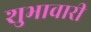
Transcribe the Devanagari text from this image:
शुभावारी